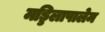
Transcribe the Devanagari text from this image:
मड्डिलापालेम